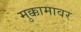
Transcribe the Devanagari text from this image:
मुक्कामावर